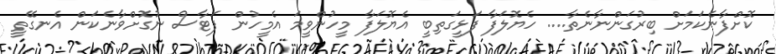
ކޮށްފާނެކަމަށް ބިރުގަންނާނެތާ.... ހެޔޮލަފާ ފަޅީގަތިބީ އެޔޮލަފާ މީހުންވީމަ އެމީހުން ފަޓާސް ނުގޮށްވާނެކަން އެނގޭތީ